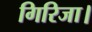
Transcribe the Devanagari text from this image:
गिरिजा।